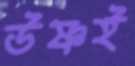
উষ্ণই